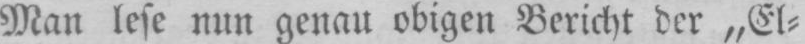
Man lese nun genau obigen Bericht der „El⸗